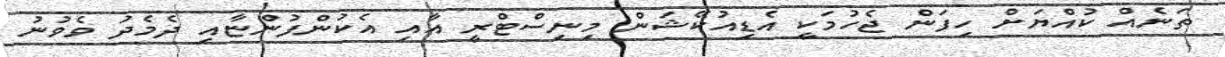
ތަނެއް ކުއްޔަށް ހިފަން ޖެހުމަކީ އެޑިއުކޭޝަން މިނިސްޓްރީ އާއި އެކުންފުންޏާއި ދެމެދު ވެވުނު